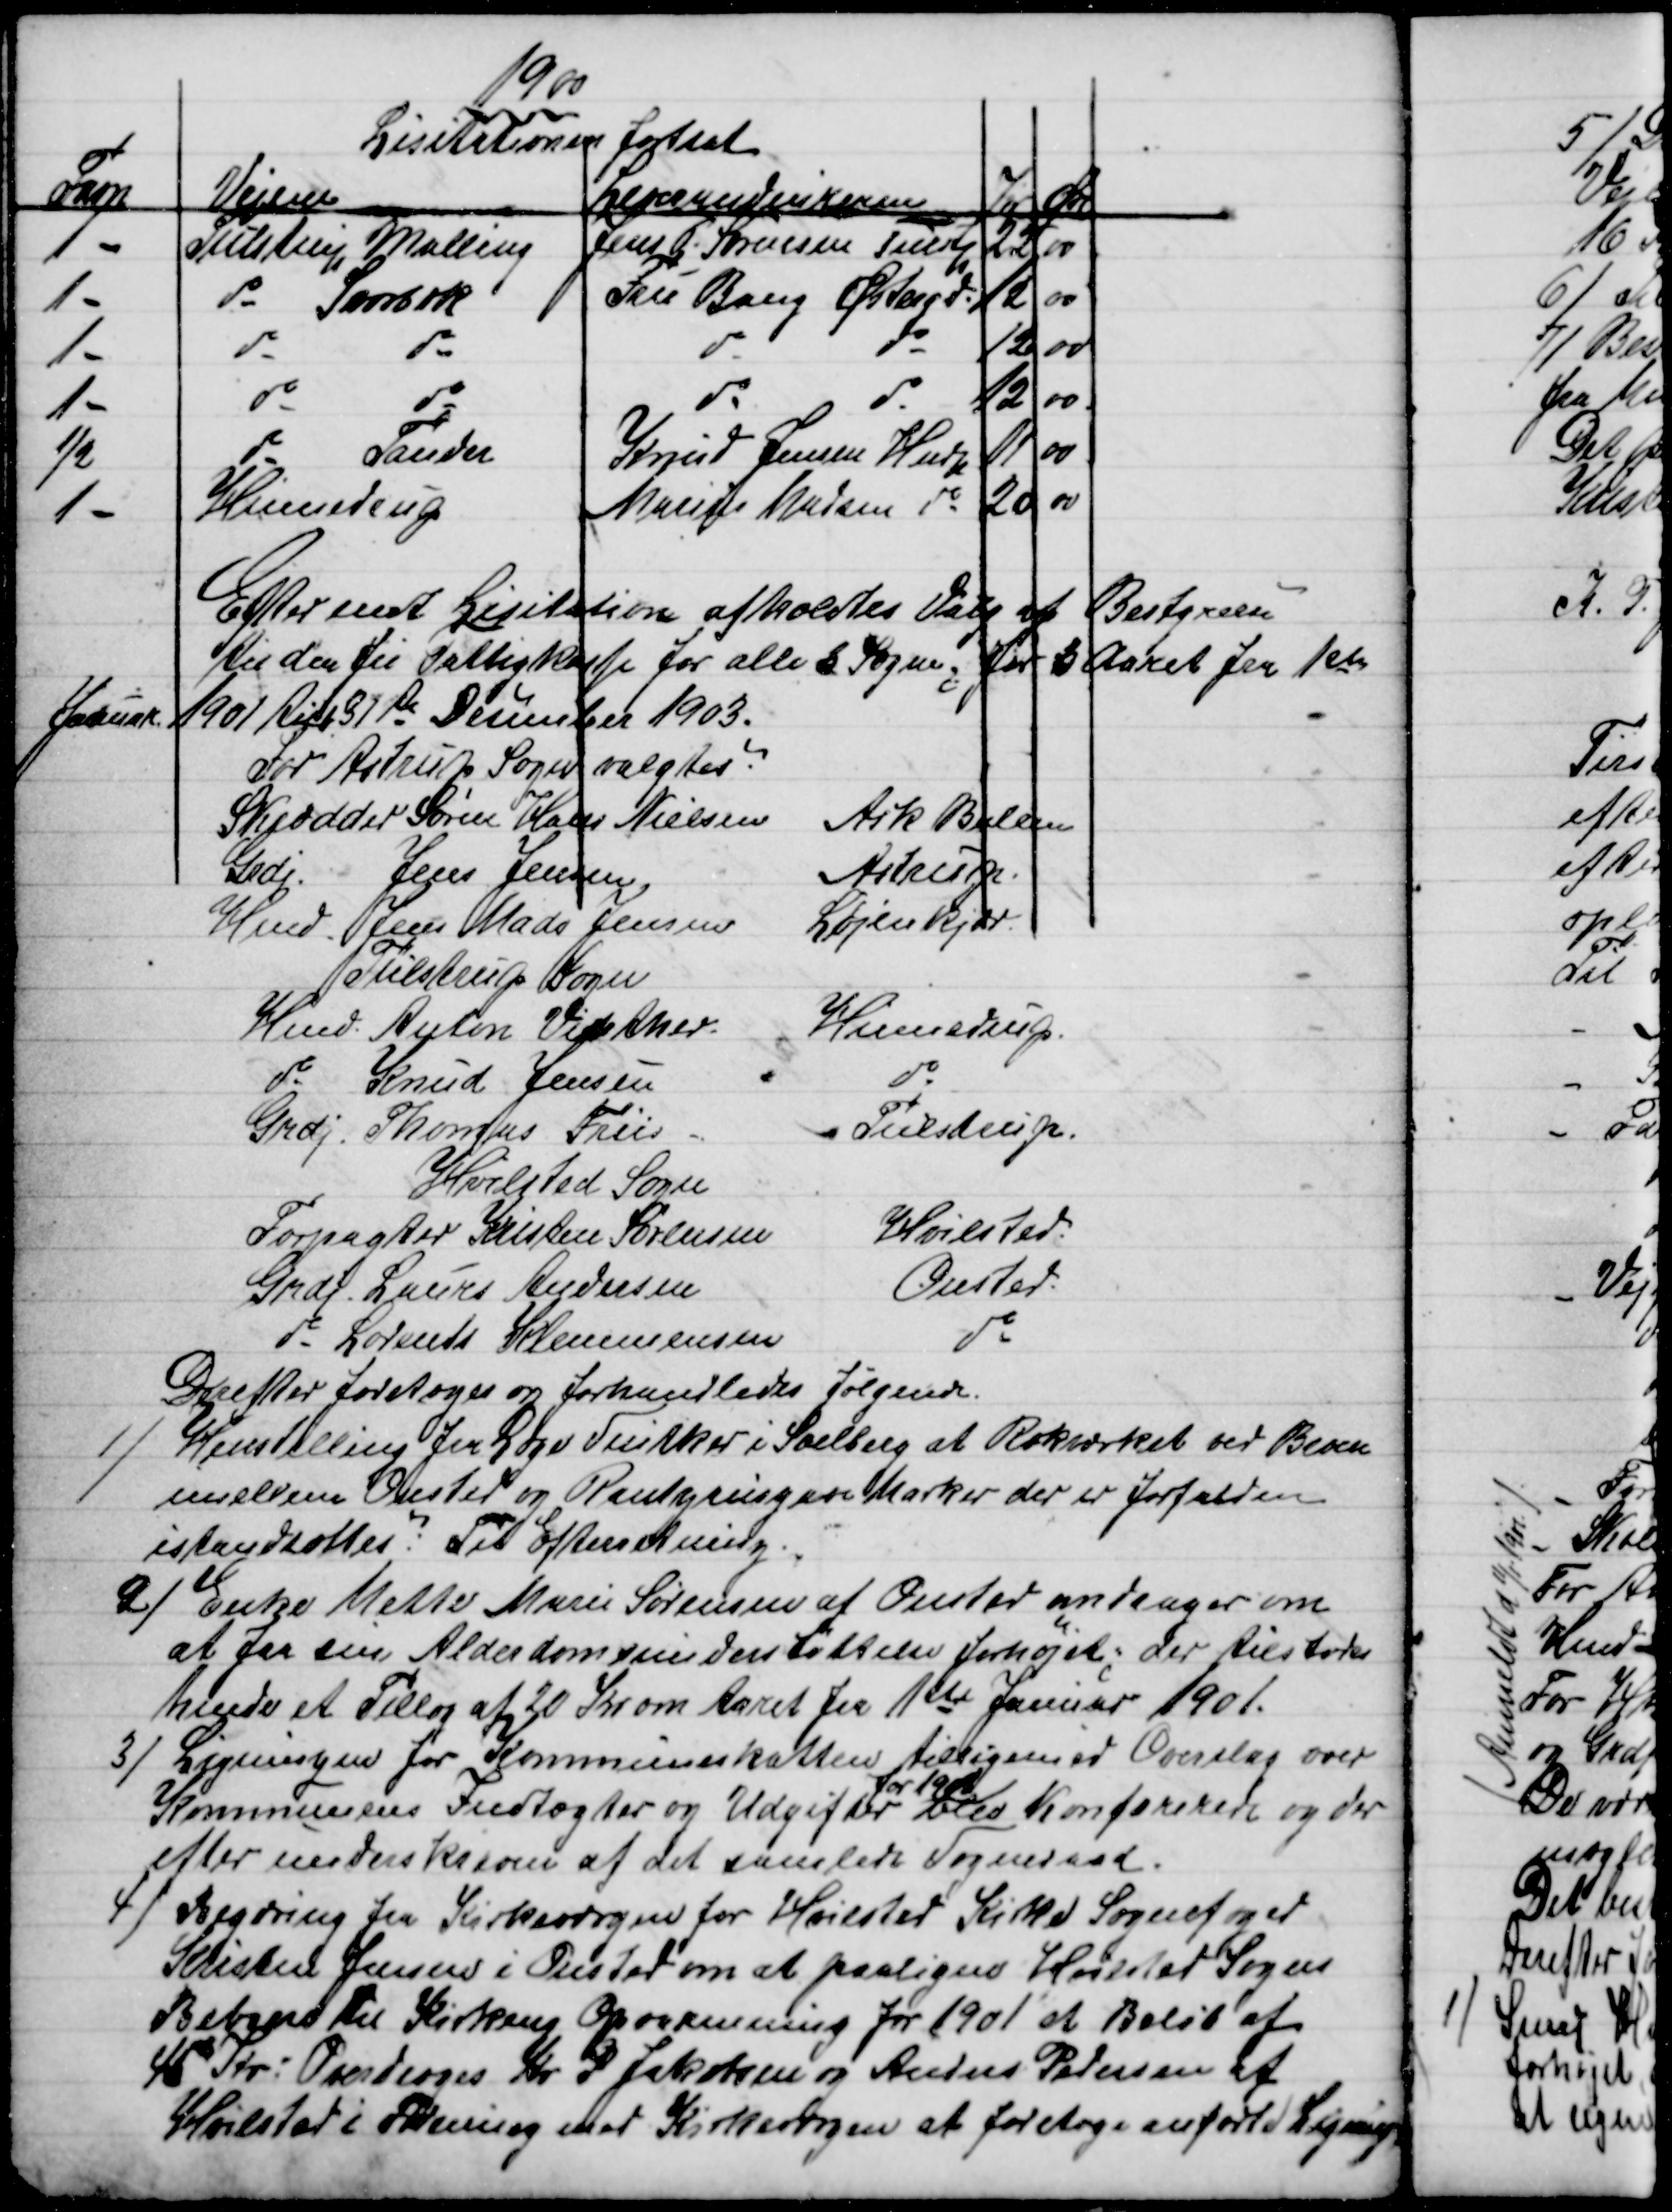
Transskription:
1900
Lisitationen fortsat
Favn
Vejene
Leverandeurerne
Kr
Øre
1 -
Tulstrup, Malling
Jens P. Sørensen Tulstp
22 
00
1 -
do  Svorbæk
Fru Bang Østergd.
12
00
1 -
do
do
do
do
12
00
1 -
do
do
do
do
12
00
½
do
Tander
Knud Jensen Hndp
11
00
1 -
Hinnedrup
Marius Madsen do
20
00
Efter endt Lisitation afholdtes Valg af Bestyrelse
til den fri Fattigkasse for alle 3 Sogne for 3 Aaret fra 1ste
Januar 1901 til 31te December 1903.
For Astrup Sogn valgtes:
Skrædder Søren Hans Nielsen
Ask Ballen
Grdj. Jens Jensen
Astrup
Hmd. Jens Mads Jensen
Løjenkjær
Tulstrup Sogn
Hmd. Anton Vinther.
Hinnedrup.
do Knud Jensen
do
Grdj. Thomas Friis
Tulstrup.
Hvilsted Søren
Forpagter Kristen Sørensen
Hvilsted.
Grdj. Laurs Andersen
Onsted.
do Lorents Klemmensen
do
Derefter foretoges og forhandledes Følgende.
1)
Henstilling fra Læge Snitker i Soelberg at Rækværket ved Broen
mellem Onsted og Rantzausgave Marker der er forfalden
istandsættes: Til Efterretning
2) 
Enke Mette Marie Sørensen af Onsted andrager om
at faa sin Alderdomsunderstøttelse forhøjet; der tilstodes
hende et Tillæg af 20 Kr om Aaret til 1ste Januar 1901.
3) 
Ligningen for Kommuneskatten tilligemed Overslag over
Kommunens Indtægter og Udgifter 
for 1901
blev konfererede og der
efter underskreven af det samlede Sogneraad.
4) 
Begæring fra Kirkeværgen for Hvilsted Kirke Sognefoged
Kristen Jensen i Onsted om at paaligne Hvilsted Sogns
Beboere til Kirkens Opvarmning for 1901 et Beløb af
45 Kr: Overdroges Kr P Jakobsen og Anders Pedersen af
Hvilsted i Forening med Kirkeværgen at foretage anførte Ligning